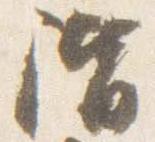
階